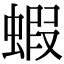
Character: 蝦